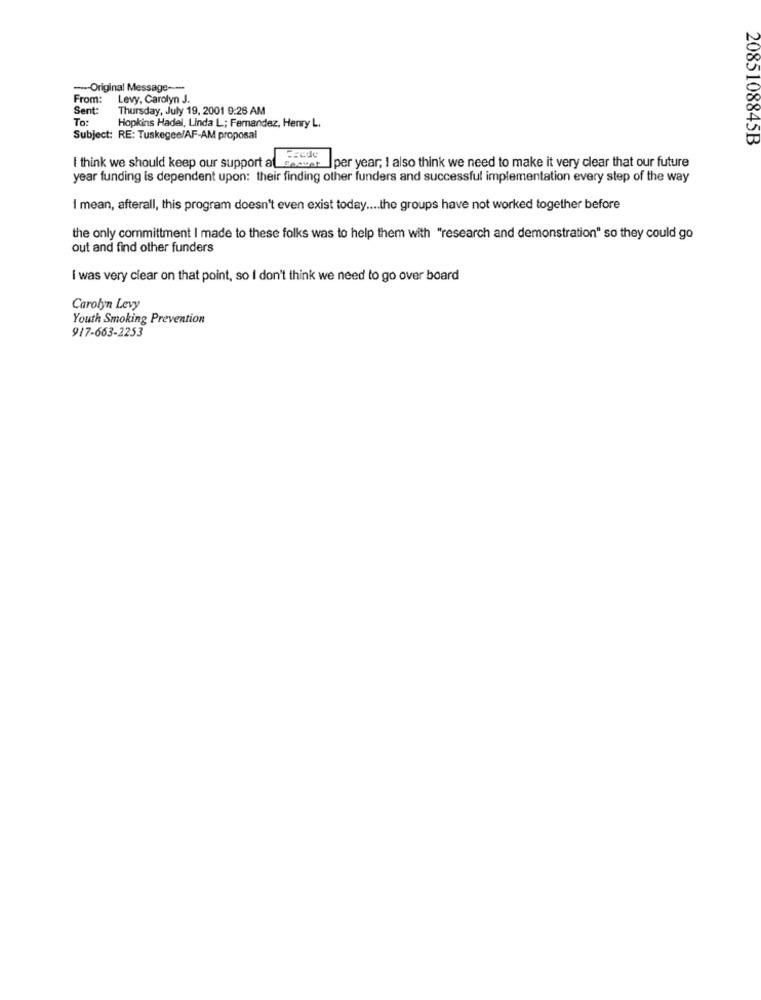
-Original Message ---
From:
Levy, Carolyn J.
Sent:
Thursday, July 19, 2001 9:26 AM
To:
Hopkins Hadel, Linda L; Fernandez, Henry L.
Subject: RE: Tuskegee/AF-AM proposal
2085108845B
I think we should keep our support al_shown ] per year, I also think we need to make it very clear that our future
year funding is dependent upon: their finding other funders and successful implementation every step of the way
I mean, afterall, this program doesn't even exist today .... the groups have not worked together before
the only committment I made to these folks was to help them with "research and demonstration" so they could go
out and find other funders
I was very clear on that point, so I don't think we need to go over board
Carolyn Levy
Youth Smoking Prevention
917-663-2253